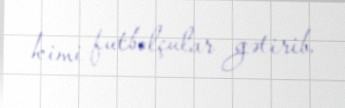
kimi futbolçular gətirib.